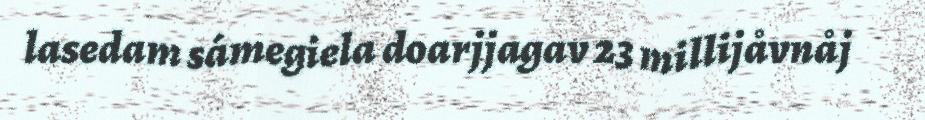
lasedam sámegiela doarjjagav 23 millijåvnåj